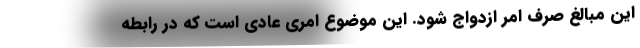
این مبالغ صرف امر ازدواج شود. این موضوع امری عادی است که در رابطه